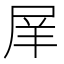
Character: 𡱝